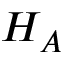
H _ { A }